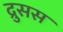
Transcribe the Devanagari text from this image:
द्रुसस